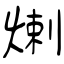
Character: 𤊶